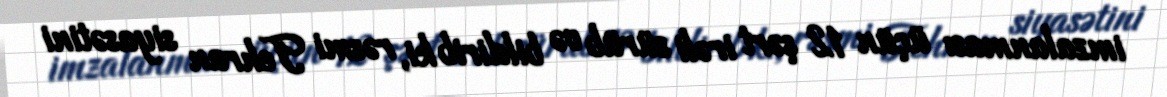
imzalanması üçün 12 şərt irəli sürüb və bildirib ki, rəsmi Tehran siyasətini